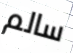
سالم